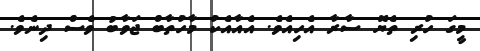
މީގަ ހުރި ތެޔޮ ސާރާ އެހިއެވެ. އެއާއެކު މާހުތާބް ޖަވާބު ވެސް ދިނެވެ.